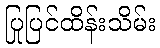
ပြုပြင်ထိန်းသိမ်း